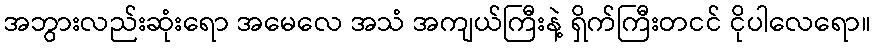
အဘွားလည်းဆုံးရော အမေလေ အသံ အကျယ်ကြီးနဲ့ ရှိက်ကြီးတငင် ငိုပါလေရော။